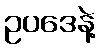
ဥပဒေနဲ့